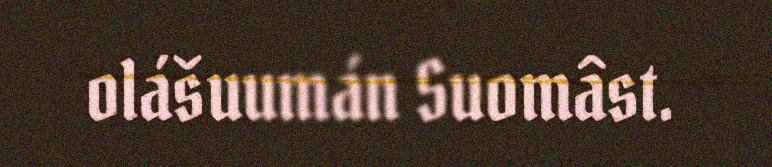
olášuumán Suomâst.